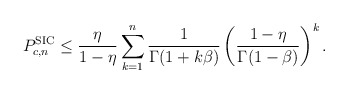
\begin{align*}P_{c,n}^\textnormal{SIC}\leq \frac{\eta}{1-\eta}\sum_{k=1}^n \frac{1}{\Gamma(1+k\beta)}\left(\frac{1-\eta}{\Gamma(1-\beta)}\right)^k.\end{align*}